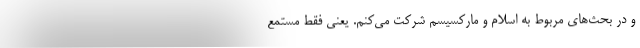
و در بحث‌های مربوط به اسلام و مارکسیسم شرکت می‌کنم. یعنی فقط مستمع